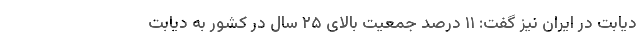
دیابت در ایران نیز گفت: ۱۱ درصد جمعیت بالای ۲۵ سال در کشور به دیابت